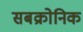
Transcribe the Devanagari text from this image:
सबक्रोनिक